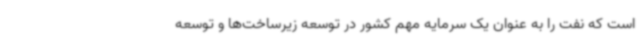
است که نفت را به عنوان یک سرمایه مهم کشور در توسعه زیرساخت‌ها و توسعه